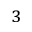
_ 3